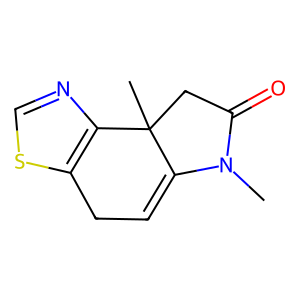
SMILES: CN1C(=O)CC2(C)C1=CCc1scnc12
Inhibits HIV replication: No